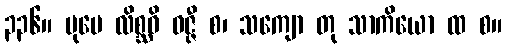
၃၃၆။ ပုမေ လိစ္ဆဝိ ဝဇ္ဇီ စ၊ သကျော တု သာကိယော ထ စ။